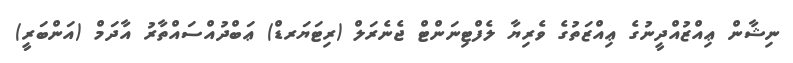
ނިޝާން ޢިއްޒުއްދީނުގެ ޢިއްޒަތުގެ ވެރިޔާ ލެފްޓިނަންޓް ޖެނެރަލް (ރިޓަަޔަރޑް) ޢަބްދުއްސައްތާރު އާދަމް (އަންބަރީ)